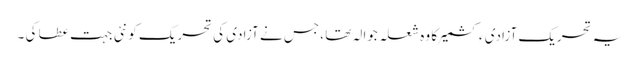
یہ تحریکِ آزادی ءِ کشمیر کا وہ شعلہ جوالہ تھا ، جس نے آزادی کی تحریک کو نئی جہت عطا کی ۔